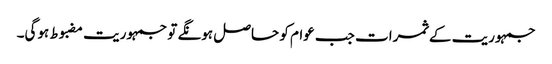
جمہوریت کے ثمرات جب عوام کو حاصل ہونگے تو جمہوریت مضبوط ہوگی۔